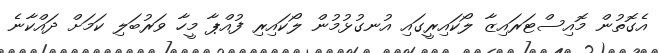
އެގޮތުން މޮއިސްޓަރައިޒާ ލޯކައިރީގައި އުނގުޅުމުން ލޯކައިރި ފުއްޕާ މީހާ ވަރުބަލި ކަމަށް ދައްކާނެ